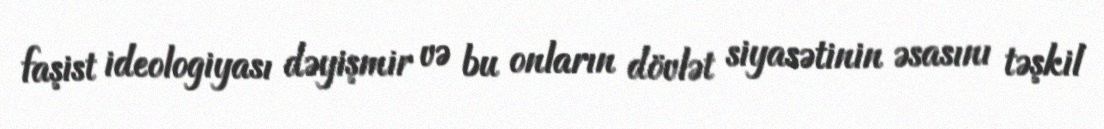
faşist ideologiyası dəyişmir və bu onların dövlət siyasətinin əsasını təşkil